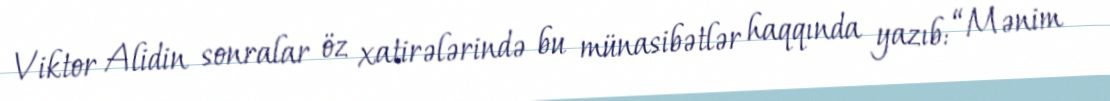
Viktor Alidin sonralar öz xatirələrində bu münasibətlər haqqında yazıb: “Mənim